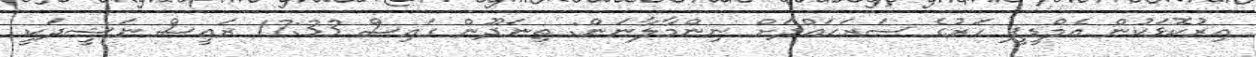
އިރުކޮޅަކުން އެމްޑީޕީ ހަރުގެ ސަރަހައްދަށް ނިންމާލާނަން: ތިނަދޫން ގައިސް 17:33 ރައީސް ނަޝީދަކީ